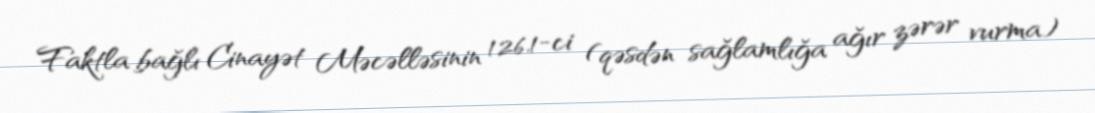
Faktla bağlı Cinayət Məcəlləsinin 126.1-ci (qəsdən sağlamlığa ağır zərər vurma)